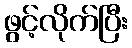
ဖွင့်လိုက်ပြီး